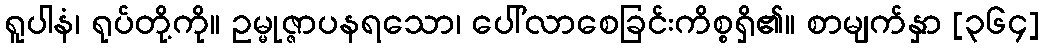
ရူပါနံ၊ ရုပ်တို့ကို။ ဥမ္မုဇ္ဇာပနရသော၊ ပေါ်လာစေခြင်းကိစ္စရှိ၏။ စာမျက်နှာ [၃၆၄]